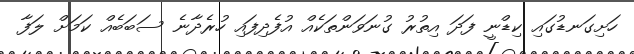
ހަށިގަނޑުގައި ކިޑްނީ ފަދަ އިތުރު ގުނަވަންތަކެއް އުފެދިފައި ހުރެދާނެ ސަބަބެއް ކަމަށް ލަފާ